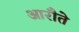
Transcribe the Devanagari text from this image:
आरौते